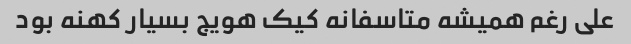
علی رغم همیشه متاسفانه کیک هویج بسیار کهنه بود